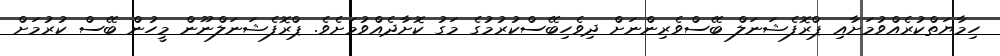
ހިމާޔަތްކުރެއްވުމަށާއި ޕްރޮފެޝަނަލް ބޭސްވެރިންނަށް ދިވެހިބޭސްކުރުމުގެ މަގު ކޮށާދެއްވުމަށެވެ. ޕްރޮފެޝަނަލްނޫން މީހުން ބޭސް ކުރުމަށް